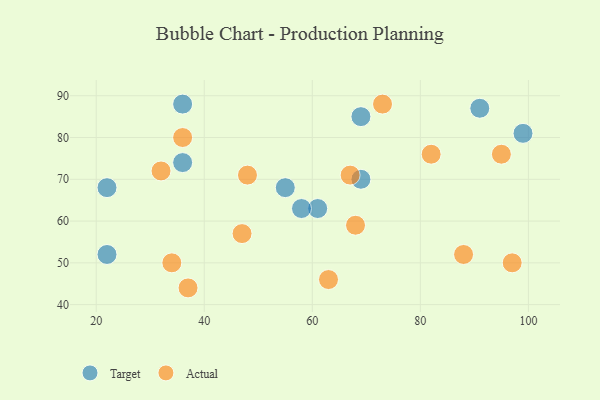
{"axis": {"x": "GDP", "y": "Life Expectancy"}, "legend": ["Actual", "Target"], "data": [{"x": "55", "y": 68, "type": "Target"}, {"x": "22", "y": 68, "type": "Target"}, {"x": "36", "y": 88, "type": "Target"}, {"x": "22", "y": 52, "type": "Target"}, {"x": "69", "y": 70, "type": "Target"}, {"x": "61", "y": 63, "type": "Target"}, {"x": "58", "y": 63, "type": "Target"}, {"x": "91", "y": 87, "type": "Target"}, {"x": "69", "y": 85, "type": "Target"}, {"x": "36", "y": 74, "type": "Target"}, {"x": "99", "y": 81, "type": "Target"}, {"x": "32", "y": 72, "type": "Actual"}, {"x": "95", "y": 76, "type": "Actual"}, {"x": "97", "y": 50, "type": "Actual"}, {"x": "88", "y": 52, "type": "Actual"}, {"x": "67", "y": 71, "type": "Actual"}, {"x": "36", "y": 80, "type": "Actual"}, {"x": "73", "y": 88, "type": "Actual"}, {"x": "82", "y": 76, "type": "Actual"}, {"x": "48", "y": 71, "type": "Actual"}, {"x": "47", "y": 57, "type": "Actual"}, {"x": "68", "y": 59, "type": "Actual"}, {"x": "34", "y": 50, "type": "Actual"}, {"x": "63", "y": 46, "type": "Actual"}, {"x": "37", "y": 44, "type": "Actual"}]}